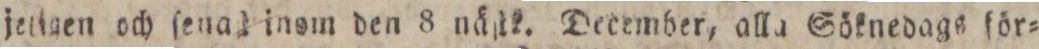
jetigen och ſead inom den 8 näſtk. December, alla Söknedags för=